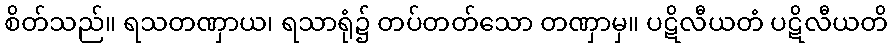
စိတ်သည်။ ရသတဏှာယ၊ ရသာရုံ၌ တပ်တတ်သော တဏှာမှ။ ပဋိလီယတံ ပဋိလီယတိ